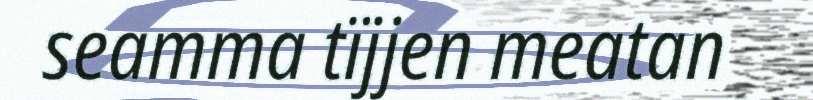
seamma tïjjen meatan